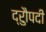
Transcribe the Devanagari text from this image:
द्रुौपदी